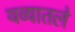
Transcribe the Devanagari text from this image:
थव्यातले